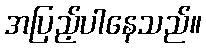
အပြည့်ပါနေသည်။